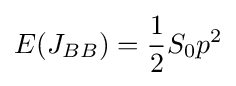
E(J_{BB})={\frac {1}{2}}S_{0}p^{2}